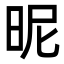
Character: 昵